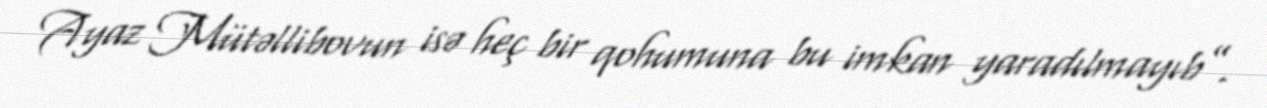
Ayaz Mütəllibovun isə heç bir qohumuna bu imkan yaradılmayıb”.